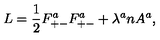
L = { \frac { 1 } { 2 } } F _ { + - } ^ { a } F _ { + - } ^ { a } + \lambda ^ { a } n A ^ { a } ,